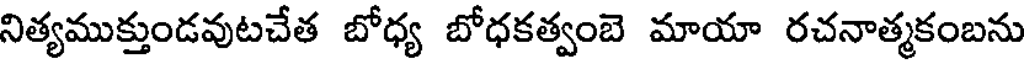
నిత్యముక్తుండవుటచేత బోధ్య బోధకత్వంబె మాయా రచనాత్మకంబను